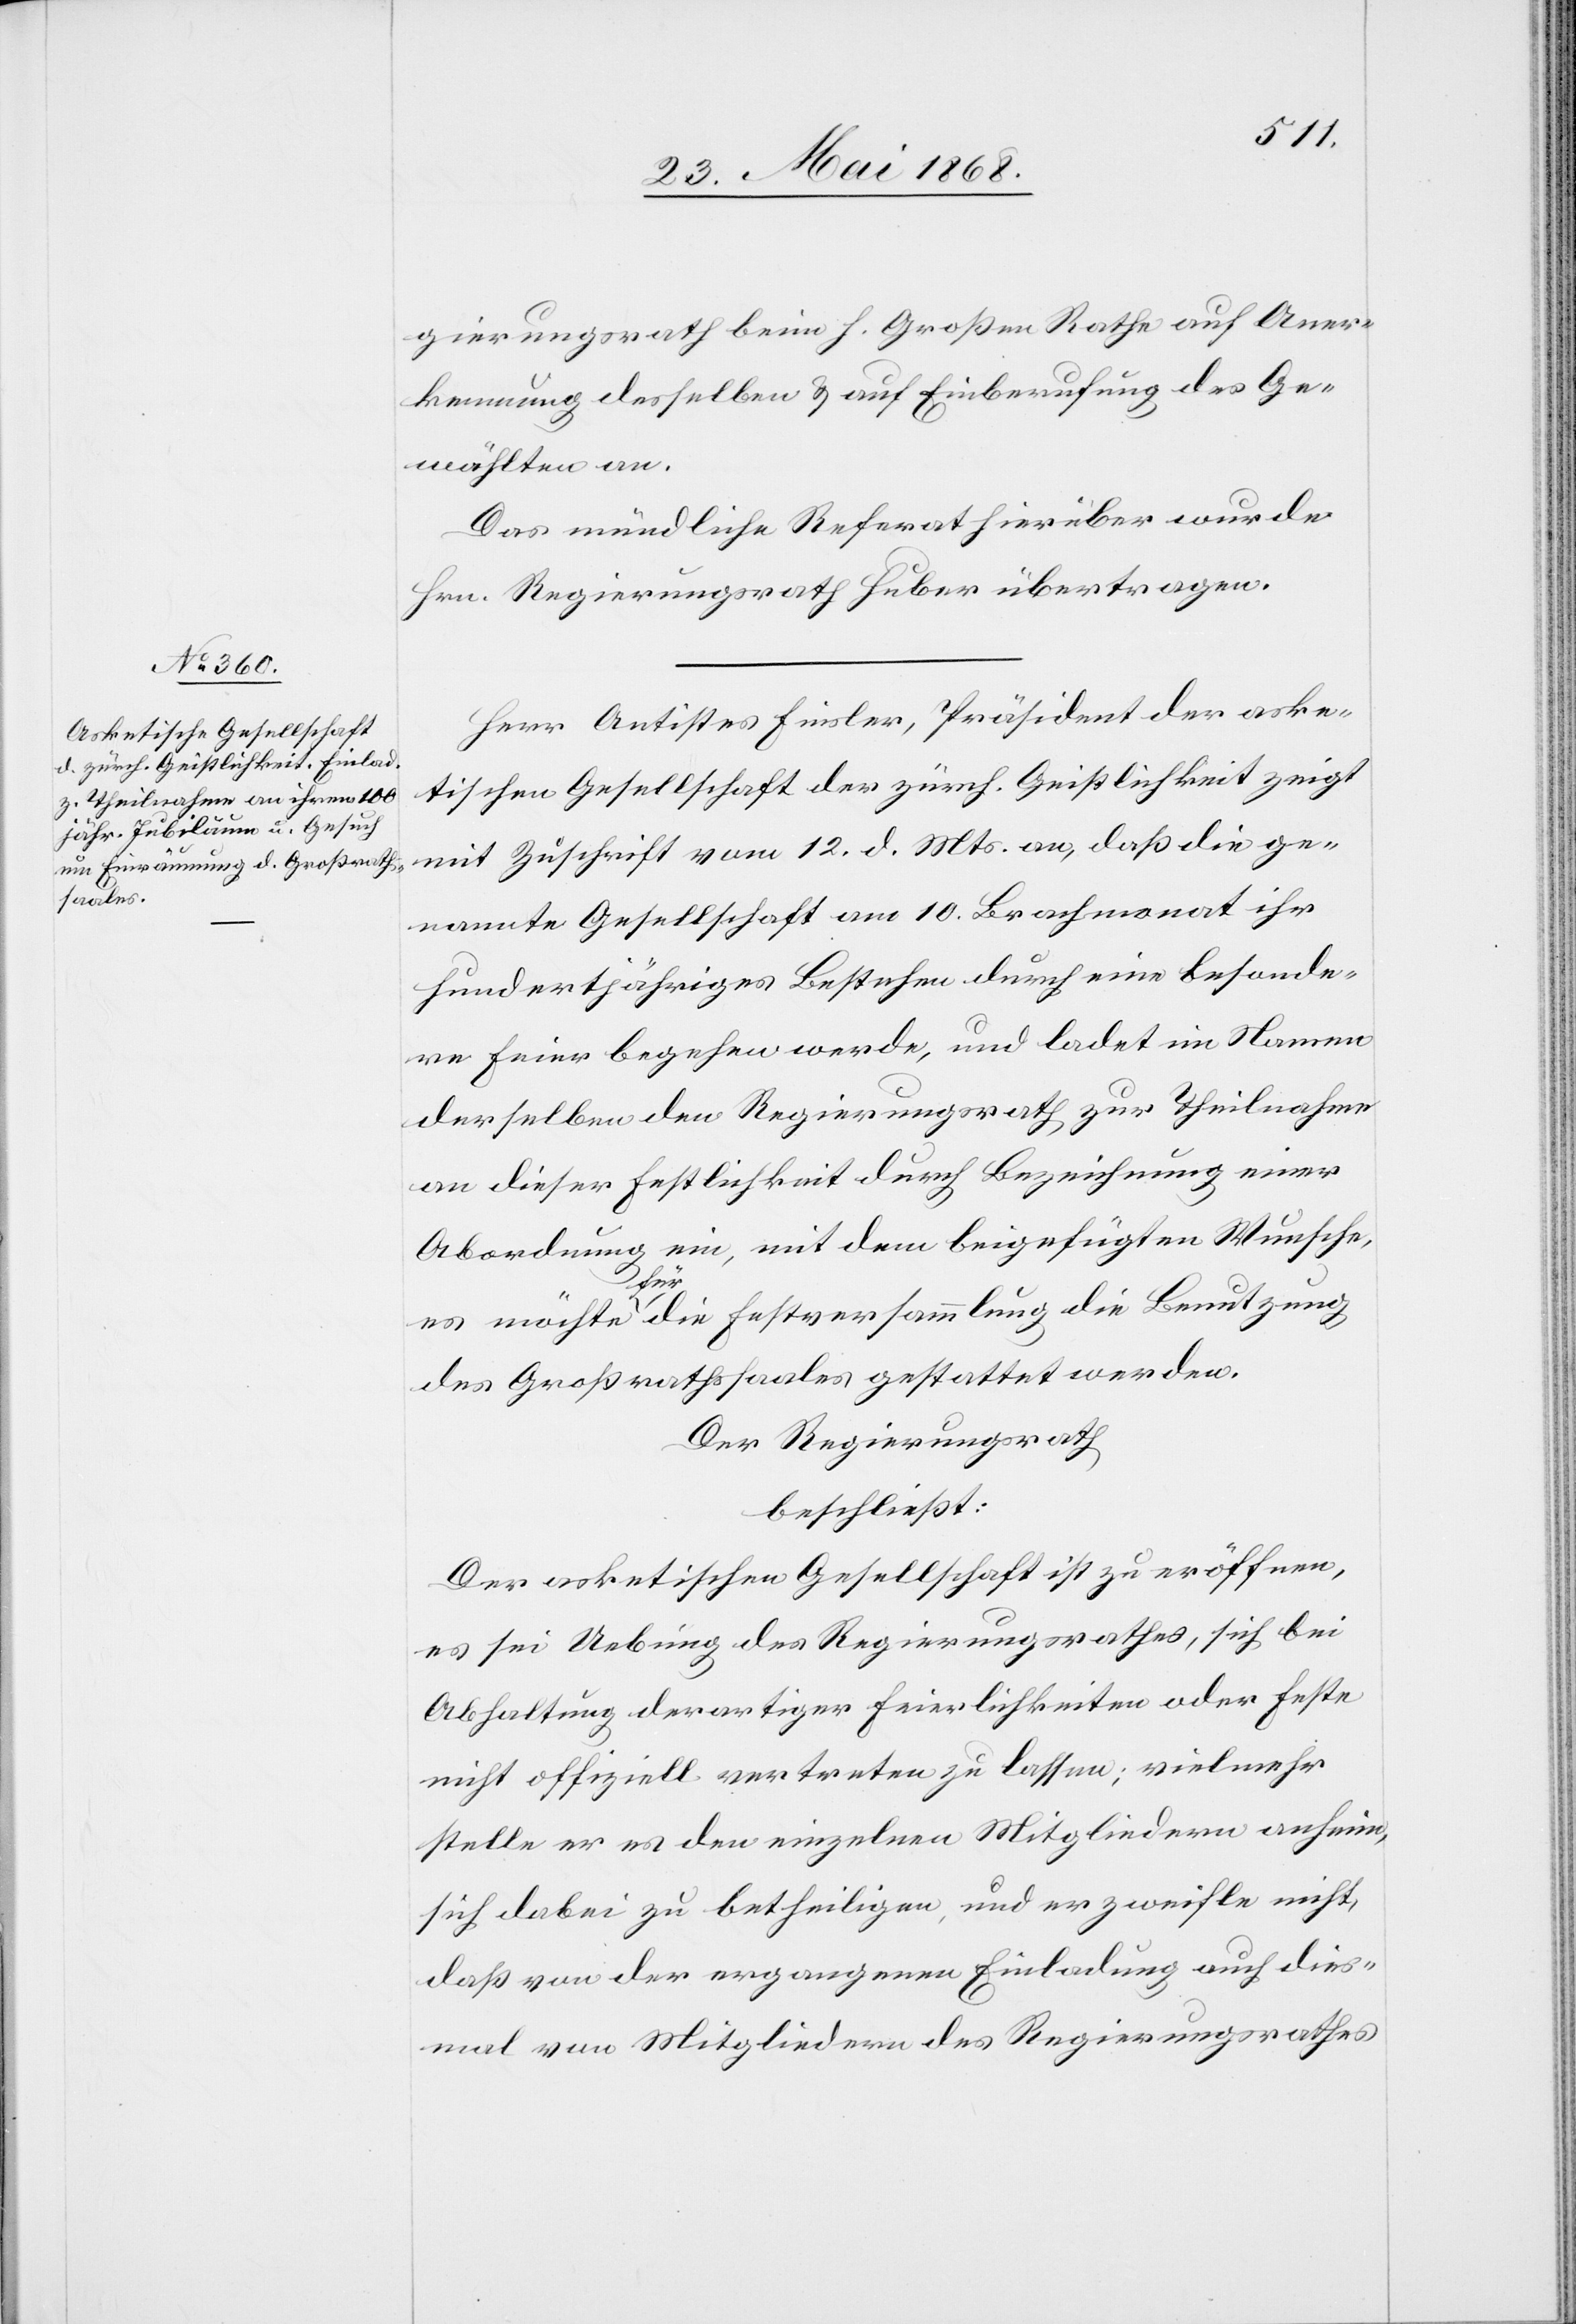
gierungsrath beim h. Großen Rathe auf Aner¬
kennung desselben & auf Einberufung des Ge¬
wählten an.
Das mündliche Referat hierüber wurde
Hrn. Regierungsrath Huber übertragen.
Herr Antistes Finsler, Präsident der aske¬
tischen Gesellschaft der zürch. Geistlichkeit zeigt
mit Zuschrift vom 12. d. Mts. an, daß die ge¬
nannte Gesellschaft am 10. Brachmonat ihr
hundertjähriges Bestehen durch eine besonde¬
re Feier begehen werde, und ladet im Namen
derselben den Regierungsrath zur Theilnahme
an dieser Festlichkeit durch Bezeichnung einer
ein, mit dem beigefügten Wunsche,
Abordnung
es möchte für die Festversammlung die Benutzung
des Großrathssaales gestattet werden.
Der Regierungsrath
beschließt:
Der asketischen Gesellschaft ist zu eröffnen,
es sei Uebung des Regierungsrathes, sich bei
Abhaltung derartiger Feierlichkeiten oder Feste
nicht offizielle vertreten zu lassen; vielmehr
stelle er es den einzelnen Mitgliedern anheim,
sich dabei zu betheiligen, und er zweifle nicht,
daß von der ergangenen Einladung auch dies¬
mal von Mitgliedern des Regierungsrathes